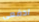
ادفعي